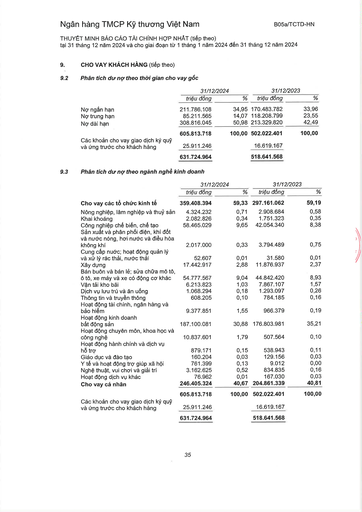
||31/12/2024||31/12/2023|| |---|---|---|---|---| ||triệu đồng|%|triệu đồng|%| |Nợ ngắn hạn|211.786.108|34,95|170.483.782|33,96| |Nợ trung hạn|85.211.565|14,07|118.208.799|23,55| |Nợ dài hạn|308.816.045|50,98|213.329.820|42,49| ||605.813.718|100,00|502.022.401|100,00| |Các khoản cho vay giao dịch ký quỹ và ứng trước cho khách hàng|25.911.246||16.619.167|| ||631.724.964||518.641.568|| ||31/12/2024||31/12/2023|| |---|---|---|---|---| ||triệu đồng|%|triệu đồng|%| |Cho vay các tổ chức kinh tế|359.408.394|59,33|297.161.062|59,19| |Nông nghiệp, lâm nghiệp và thủy sản|4.324.232|0,71|2.908.684|0,58| |Khai khoáng|2.082.826|0,34|1.751.323|0,35| |Công nghiệp chế biến, chế tạo|58.465.029|9,65|42.054.340|8,38| |Sản xuất và phân phối điện, khí đốt và nước nóng, hơ nước và điều hòa không khí|2.017.000|0,33|3.794.489|0,75| |Cung cấp nước; hoạt động quản lý và xử lý rác thải, nước thải|52.607|0,01|31.580|0,01| |Xây dựng|17.442.917|2,88|11.876.937|2,37| |Bán buôn và bán lẻ; sửa chữa mô tô, ô tô, xe máy và xe có động cơ khác|54.777.567|9,04|44.842.420|8,93| |Vận tải kho bãi|6.213.823|1,03|7.867.107|1,57| |Dịch vụ lưu trú và ăn uống|1.068.294|0,18|1.293.097|0,26| |Thông tin và truyền thông|608.205|0,10|784.185|0,16| |Hoạt động tài chính, ngân hàng và bảo hiểm|9.377.851|1,55|966.379|0,19| |Hoạt động kinh doanh bất động sản|187.100.081|30,88|176.803.981|35,21| |Hoạt động chuyên môn, khoa học và công nghệ|10.837.601|1,79|507.564|0,10| |Hoạt động hành chính và dịch vụ hỗ trợ|879.171|0,15|538.943|0,11| |Giáo dục và đào tạo|160.204|0,03|129.156|0,03| |Y tế và hoạt động trợ giúp xã hội|761.399|0,13|9.012|0,00| |Nghệ thuật, vui chơi và giải trí|3.162.625|0,52|834.835|0,16| |Hoạt động dịch vụ khác|76.962|0,01|167.030|0,03| |Cho vay cá nhân|246.405.324|40,67|204.861.339|40,81| ||605.813.718|100,00|502.022.401|100,00| |Các khoản cho vay giao dịch ký quỹ và ứng trước cho khách hàng|25.911.246||16.619.167|| ||631.724.964||518.641.568||